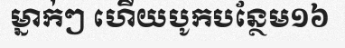
ម្នាក់ៗ ហើយបូកបន្ថែម១៦